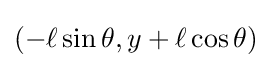
\left(-\ell \sin \theta ,y+\ell \cos \theta \right)